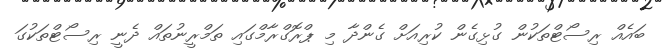
ބައެއް ރިސޯޓްތަކުން ގުޅިގެން ކުރިއަށް ގެންދާ މި ޕްރޮގްރާމްގައި ތަމްރީނުތައް ދެނީ ރިސޯޓްތަކުގަ